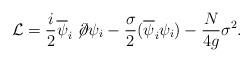
LaTeX: \begin{align*}{\cal L} =\frac{i}2\overline \psi_i \not \!\partial \psi_i -\frac{\sigma}2 (\overline \psi_i \psi_i)- \frac{N}{4g}\sigma^2.\end{align*}